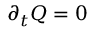
\partial _ { t } { Q } = 0